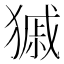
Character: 𤠽